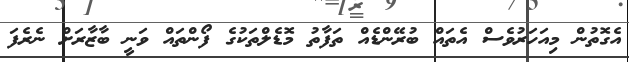
އެގޮތުން މިއަހަރުވެސް އެތައް ބުރޭންޑެއް ތަފާތު މޮޑެލްތަކުގެ ފޯންތައް ވަނީ ބާޒާރަށް ނެރެފަ